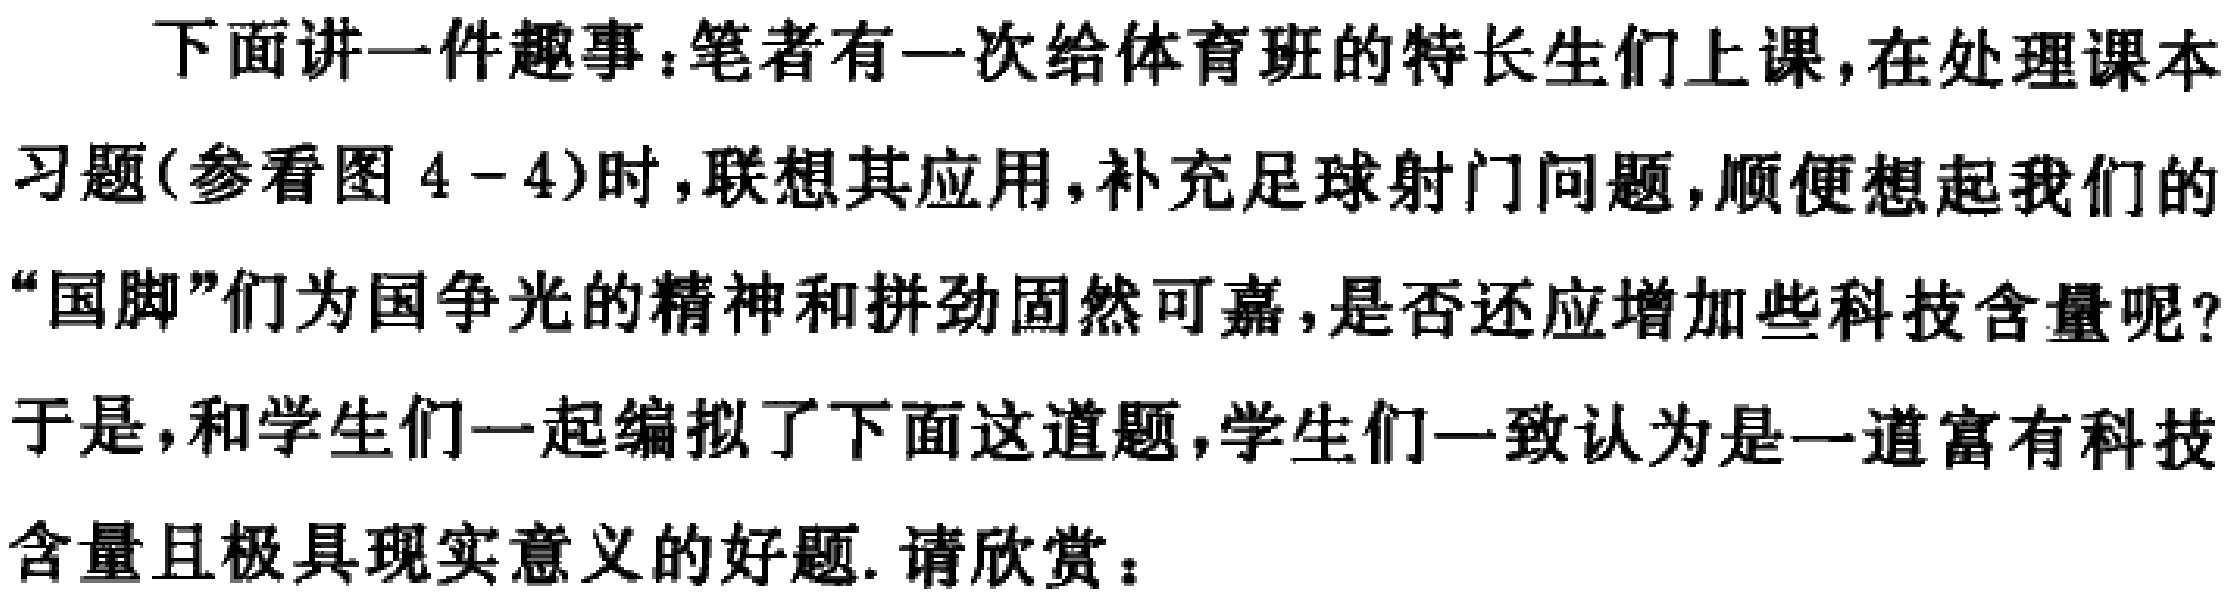
下面讲一件趣事：笔者有一次给体育班的特长生们上课，在处理课本习题(参看图4 - 4)时，联想其应用，补充足球射门问题，顺便想起我们的“国脚”们为国争光的精神和拼劲固然可嘉，是否还应增加些科技含量呢?于是，和学生们一起编拟了下面这道题，学生们一致认为是一道富有科技含量且极具现实意义的好题. 请欣赏：